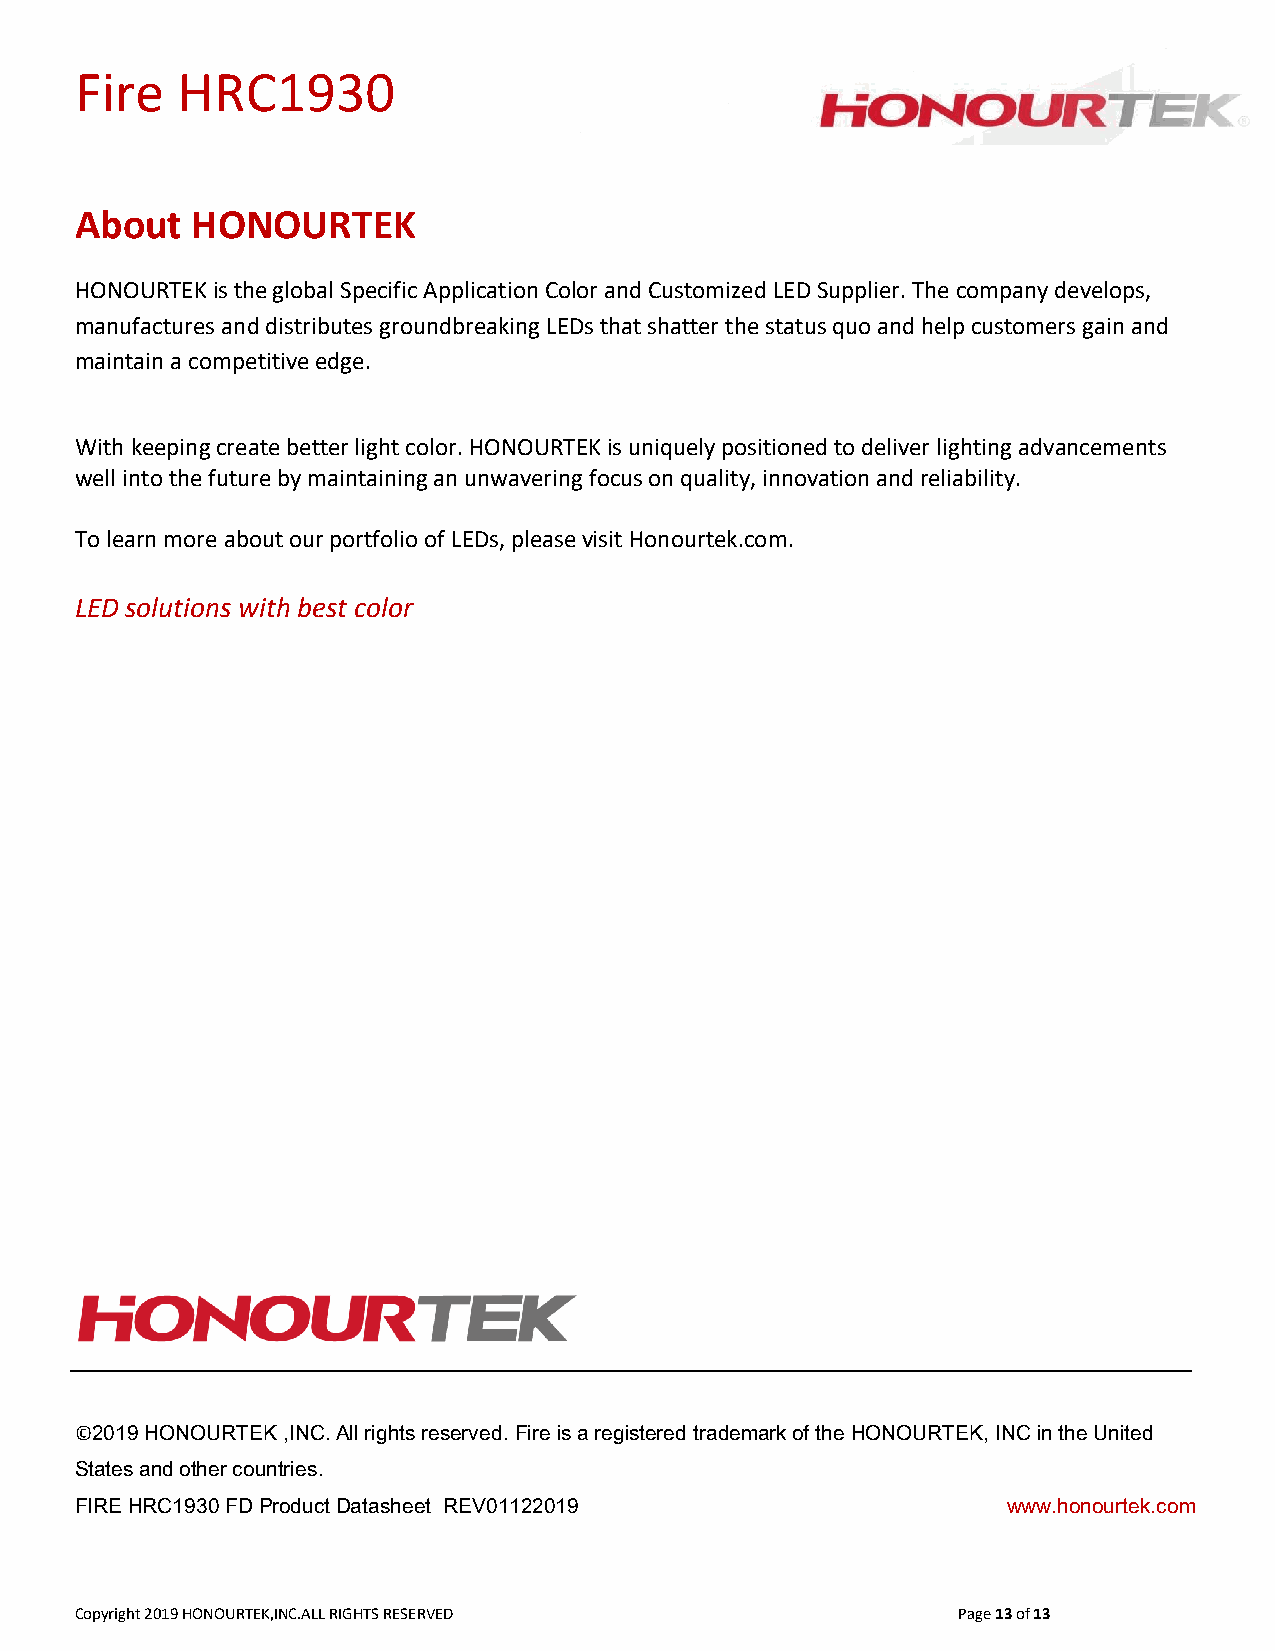
Fire   HRC1930
 About   HONOURTEK
 HONOURTEK is the global Specific Application Color and Customized LED Supplier. The company develops,
 manufactures and distributes groundbreaking LEDs that shatter the status quo and help customers gain and
 maintain a competitive edge.
 With keeping create better light color. HONOURTEK is uniquely positioned to deliver lighting advancements
 well into the future by maintaining an unwavering focus on quality, innovation and reliability.
 To learn more about our portfolio of LEDs, please visit Honourtek.com.
 LED solutions with best color
 © 2019 HONOURTEK ,INC. All rights reserved. Fire is a registered trademark of the HONOURTEK, INC in the United
 States and other countries.
 FIRE HRC1930 FD Product Datasheet REV01122019                 www.honourtek.com
 Copyright 2019 HONOURTEK,INC.ALL RIGHTS RESERVED          Page 13 of 13